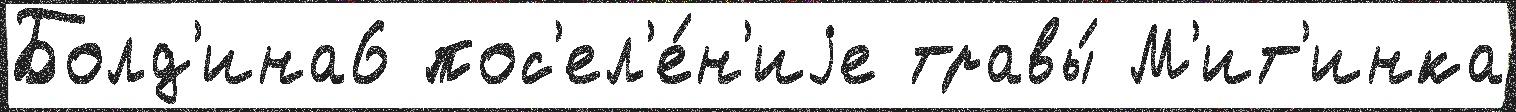
Болд'ина6 пос'ел'е́н'иjе травы́ М'ит'инка